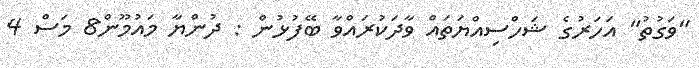
"ވަގުތު" އަހަރުގެ ޝަހްސިއްޔަތައް ވާދަކުރައްވާ ބޭފުޅުން : ދުންޔާ މައުމޫން8 މަސް 4